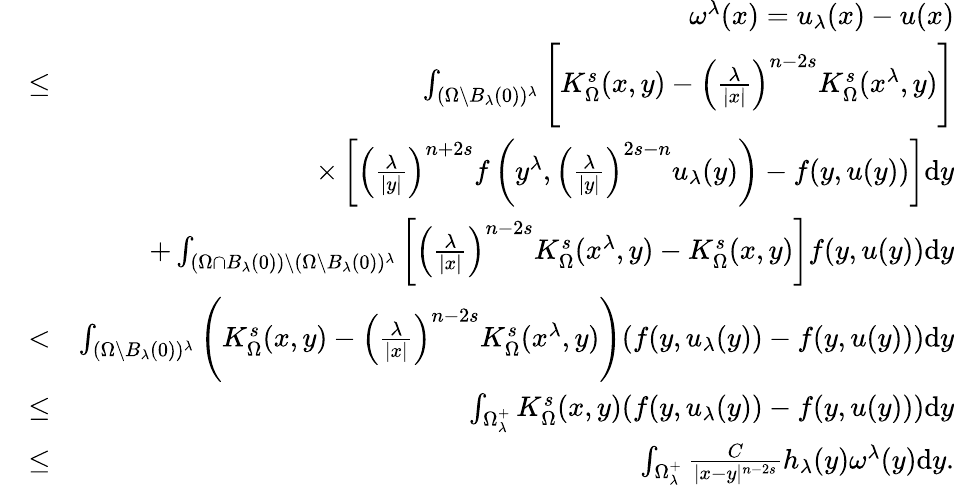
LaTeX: \begin{array}{rlr}&{}&{\quad\omega^{\lambda}(x)=u_{\lambda}(x)-u(x)}\\ &{\leq}&{\int_{(\Omega\setminus B_{\lambda}(0))^{\lambda}}\Bigg[K_{\Omega}^{s}(x,y)-\left(\frac{\lambda}{|x|}\right)^{n-2s}K_{\Omega}^{s}(x^{\lambda},y)\Bigg]}\\ &{}&{\times\left[\left(\frac{\lambda}{|y|}\right)^{n+2s}f\left(y^{\lambda},\left(\frac{\lambda}{|y|}\right)^{2s-n}u_{\lambda}(y)\right)-f(y,u(y))\right]\mathrm dy}\\ &{}&{+\int_{(\Omega\cap B_{\lambda}(0))\setminus(\Omega\setminus B_{\lambda}(0))^{\lambda}}\left[\left(\frac{\lambda}{|x|}\right)^{n-2s}K_{\Omega}^{s}(x^{\lambda},y)-K_{\Omega}^{s}(x,y)\right]f(y,u(y))\mathrm dy}\\ &{<}&{\int_{(\Omega\setminus B_{\lambda}(0))^{\lambda}}\Bigg(K_{\Omega}^{s}(x,y)-\left(\frac{\lambda}{|x|}\right)^{n-2s}K_{\Omega}^{s}(x^{\lambda},y)\Bigg)(f(y,u_{\lambda}(y))-f(y,u(y)))\mathrm dy}\\ &{\leq}&{\int_{\Omega_{\lambda}^{+}}K_{\Omega}^{s}(x,y)(f(y,u_{\lambda}(y))-f(y,u(y)))\mathrm dy}\\ &{\leq}&{\int_{\Omega_{\lambda}^{+}}\frac{C}{|x-y|^{n-2s}}h_{\lambda}(y)\omega^{\lambda}(y)\mathrm dy.}\end{array}